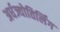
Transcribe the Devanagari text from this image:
अर्धज्योतिर्लिंग